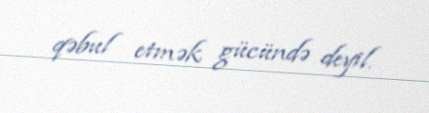
qəbul etmək gücündə deyil.